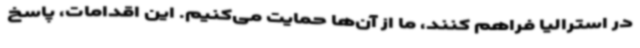
در استرالیا فراهم کنند، ما از آن‌ها حمایت می‌کنیم. این اقدامات، پاسخ